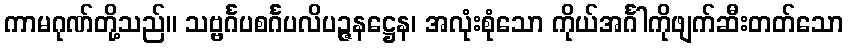
ကာမဂုဏ်တို့သည်။ သဗ္ဗင်္ဂပစင်္ဂပလိပဉ္ဇနဋ္ဌေန၊ အလုံးစုံသော ကိုယ်အင်္ဂါကိုဖျက်ဆီးတတ်သော